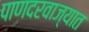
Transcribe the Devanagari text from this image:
पाणदरवाज्यात